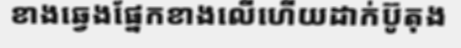
ខាងឆ្វេងផ្នែកខាងលើហើយដាក់ប៊ូតុង